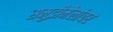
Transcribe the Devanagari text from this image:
समुद्रीमैलांवर